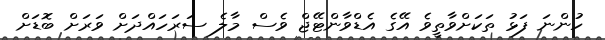
ހުންނަ ފަޅު ތަކަށްވާތީވެ އޭގެ އެޑްވާންޓޭޖް ވެސް މާލެ ސަރަހައްދަށް ވަރަށް ބޮޑަށް